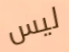
ليس